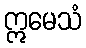
ဣမေသံ